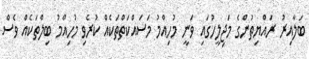
ބަލާއިރު ރައްޔިތުންގެ މަޖިލީހުގައި ވަނީ މުހިއްމު މަސައްކަތްތަކެއް ކުރެވި މުހިއްމު ބިލްތަކެއް ވެސް